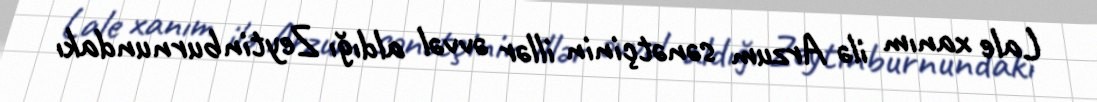
Lale xanım ilə Arzum sənətçinin illər əvvəl aldığı Zeytinburnundakı